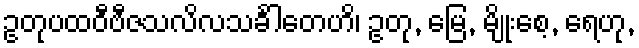
ဥတုပထဝီဗီဇသလိလသင်္ခါတေဟိ၊ ဥတု, မြေ, မျိုးစေ့, ရေဟု,